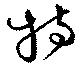
特